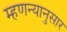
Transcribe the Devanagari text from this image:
म्हणन्यानुसार